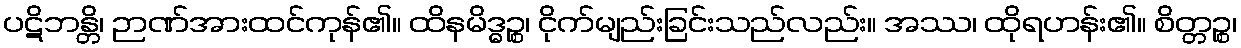
ပဋိဘန္တိ၊ ဉာဏ်အားထင်ကုန်၏။ ထိနမိဒ္ဓဉ္စ၊ ငိုက်မျည်းခြင်းသည်လည်း။ အဿ၊ ထိုရဟန်း၏။ စိတ္တဉ္စ၊